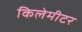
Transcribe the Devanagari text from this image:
किलेमीटर